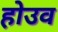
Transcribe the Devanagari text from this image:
होउव